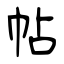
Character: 帖